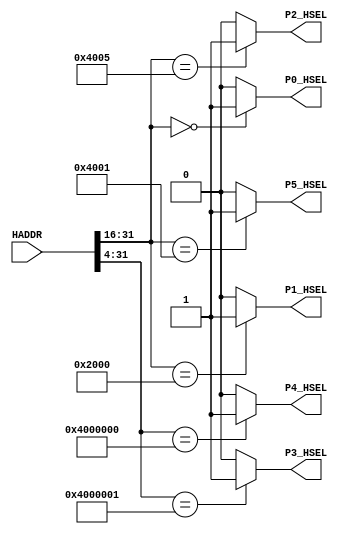
/*
 * @Author: Xuejian Sun 
 * @Date: 2023-02-23 13:16:55 
 * @Last Modified by: Xuejian Sun
 * @Last Modified time: 2023-03-27 19:22:49
 */

module AHBlite_Decoder 
#(
  /*RAMCODE enable parameter*/
  parameter Port0_en = 1,
  /************************/

  /*RAMDATA enable parameter*/
  parameter Port1_en = 1,
  /************************/

  /*LCD enable parameter*/
  parameter Port2_en = 1,
  /************************/

  /*UART enable parameter*/
  parameter Port3_en = 1,
  /************************/

  /*LED enable parameter*/
  parameter Port4_en = 1,
  /************************/

  /*Buzzer enable parameter*/
  parameter Port5_en = 1
  /************************/
)(
  input [31:0] HADDR,

  /*RAMCODE OUTPUT SELECTION SIGNAL*/
  output wire P0_HSEL,

  /*RAMDATA OUTPUT SELECTION SIGNAL*/
  output wire P1_HSEL,

  /*LCD OUTPUT SELECTION SIGNAL*/
  output wire P2_HSEL,

  /*UART OUTPUT SELECTION SIGNAL*/
  output wire P3_HSEL, 

  /*LED OUTPUT SELECTION SIGNAL*/
  output wire P4_HSEL,

  /*BUZZER OUTPUT SELECTION SIGNAL*/
  output wire P5_HSEL
);

  //RAMCODE-----------------------------------

  //0x00000000-0x0000ffff
  /*Insert RAMCODE decoder code there*/
  assign P0_HSEL = (HADDR[31:16] == 16'h0000) ? Port0_en : 1'b0;
  /***********************************/

  //RAMDATA-------------------------------
  //0X20000000-0X2000FFFF
  /*Insert RAMDATA decoder code there*/
  assign P1_HSEL = (HADDR[31:16] == 16'h2000) ? Port1_en : 1'b0; 
  /***********************************/

  //PERIPHRAL-----------------------------

  //0X40050000 LCD
  /*Insert LCD decoder code there*/
  assign P2_HSEL = (HADDR[31:16] == 16'h4005) ? Port2_en : 1'b0; 
  /***********************************/

  //0X40000010 UART RX DATA
  //0X40000014 UART TX STATE
  //0X40000018 UART TX DATA
  /*Insert UART decoder code there*/
  assign P3_HSEL = (HADDR[31:4] == 28'h4000001) ? Port3_en : 1'd0;

  //0X40000000 LED
  /*Insert LED decoder code there*/
  assign P4_HSEL = (HADDR[31:4] == 28'h4000000) ? Port4_en : 1'b0; 
  /***********************************/

  //0X40010000 EN
  /*Insert Buzzer decoder code there*/
  assign P5_HSEL = (HADDR[31:16] == 16'h4001) ? Port5_en : 1'b0;
  /***********************************/

endmodule